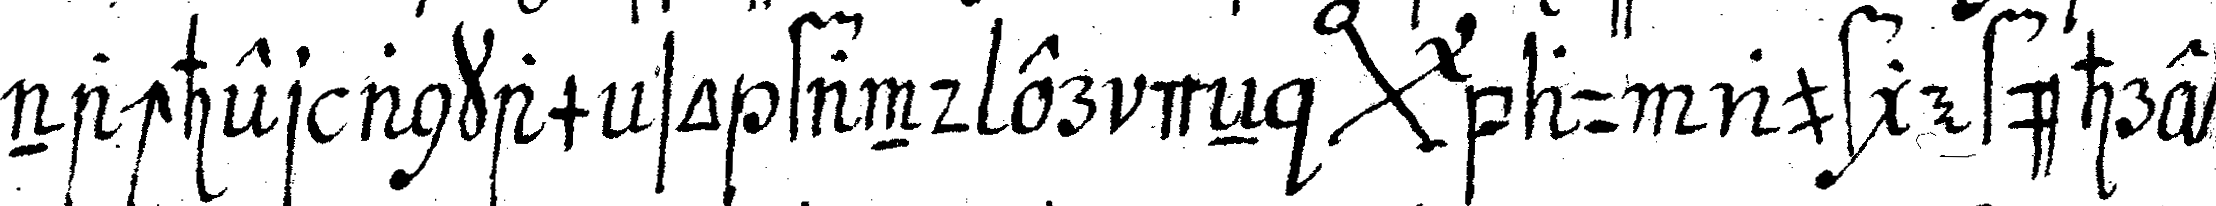
nachher ankam so fand er deN *bigx* au aufgeführet